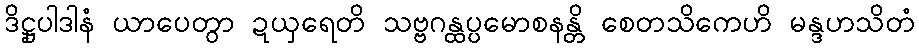
ဒိဋ္ဌုပါဒါနံ ယာပေတွာ ဍယှရေတိ သဗ္ဗဂန္ထပ္ပမောစနန္တိ စေတသိကေဟိ မန္ဒဟသိတံ